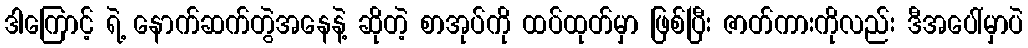
ဒါကြောင့် ရဲ့ နောက်ဆက်တွဲအနေနဲ့ ဆိုတဲ့ စာအုပ်ကို ထပ်ထုတ်မှာ ဖြစ်ပြီး ဇာတ်ကားကိုလည်း ဒီအပေါ်မှာပဲ